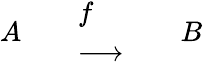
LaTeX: \begin{array}{lllll}{A}&{}&{{\begin{array}{l}{f}\\ {\longrightarrow}\end{array}}}&{}&{B}\end{array}